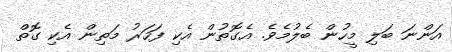
އަންނަ ބަލި މީހުން ބެލުމެވެ. އެގޮތުން އެކި ފަހަރު މަތިން އެކި ގޮތް